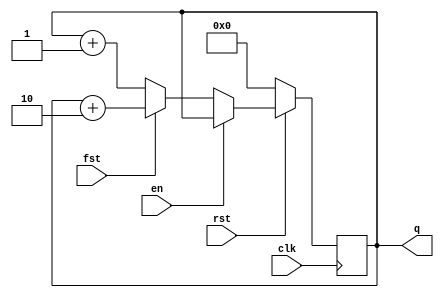
module sumator (input wire clk,
					input wire rst,
					input wire fst,
					input wire en,
					output reg [3:0]q);
always @(posedge clk)
	begin
	if (rst == 0)
		q <= 0;
	else if (en == 0)
		begin
		if (fst == 1)
			q <= q+2;
		else 
			q <= q+1;
		end
	end
endmodule